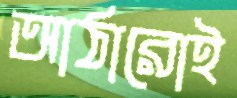
আঠারোই